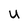
Character: U